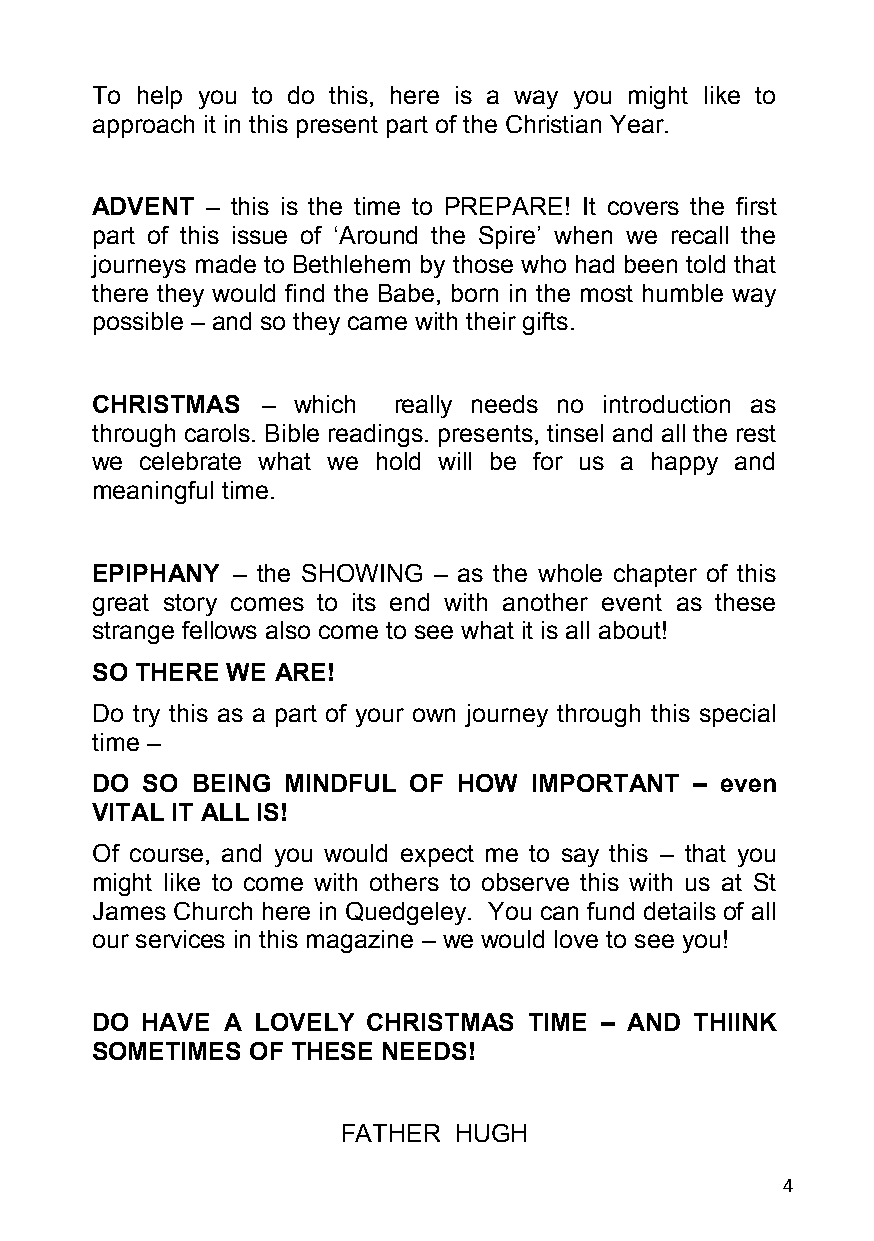
To help you to do this, here is a way you might like to
 approach it in this present part of the Christian Year.
 ADVENT  – this is the time to PREPARE! It covers the first
 part of this issue of ‘Around the Spire’ when we recall the
 journeys made to Bethlehem by those who had been told that
 there they would find the Babe, born in the most humble way
 possible – and so they came with their gifts.
 CHRISTMAS  – which  really needs no introduction as
 through carols. Bible readings. presents, tinsel and all the rest
 we celebrate what we hold will be for us a happy and
 meaningful time.
 EPIPHANY – the SHOWING – as the whole chapter of this
 great story comes to its end with another event as these
 strange fellows also come to see what it is all about!
 SO THERE WE ARE!
 Do try this as a part of your own journey through this special
 time –
 DO SO  BEING MINDFUL OF HOW  IMPORTANT  – even
 VITAL IT ALL IS!
 Of course, and you would expect me to say this – that you
 might like to come with others to observe this with us at St
 James Church here in Quedgeley. You can fund details of all
 our services in this magazine – we would love to see you!
 DO HAVE  A LOVELY CHRISTMAS  TIME – AND THIINK
 SOMETIMES  OF THESE NEEDS!
 FATHER HUGH
 4